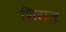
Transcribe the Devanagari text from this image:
शिराल